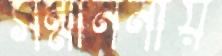
সম্মাননীয়